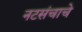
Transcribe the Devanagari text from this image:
नटसंचाचे